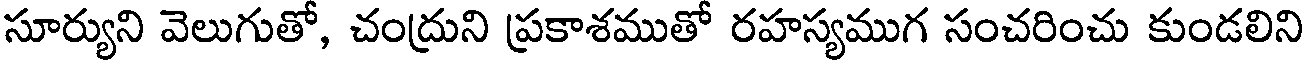
సూర్యుని వెలుగుతో, చంద్రుని ప్రకాశముతో రహస్యముగ సంచరించు కుండలిని